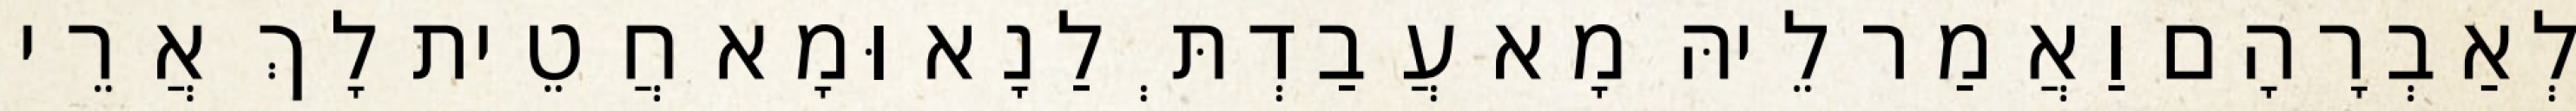
לְאַבְרָהָם וַאֲמַר לֵיהּ מָא עֲבַדְתְּ לַנָא וּמָא חֲטֵית לָךְ אֲרֵי